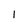
Character: 1